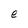
Character: e